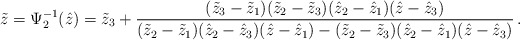
\begin{align*}\tilde z=\Psi_2^{-1}(\hat z)= \tilde z_3+\frac{(\tilde z_3-\tilde z_1)(\tilde z_2-\tilde z_3)(\hat z_2-\hat z_1)(\hat z-\hat z_3)}{(\tilde z_2-\tilde z_1)(\hat z_2-\hat z_3)(\hat z-\hat z_1)-(\tilde z_2-\tilde z_3)(\hat z_2-\hat z_1)(\hat z-\hat z_3)}\,.\end{align*}